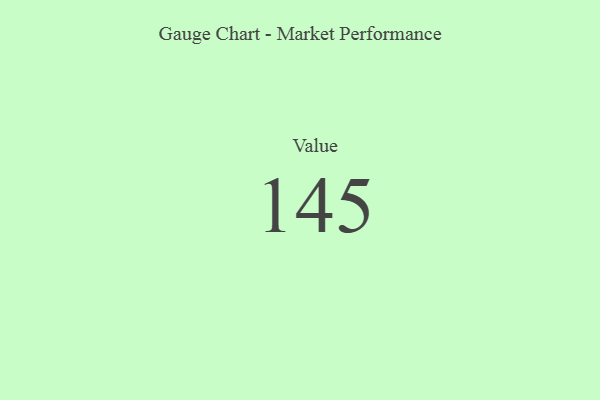
{"axis": {"x": "Metric", "y": "Value"}, "legend": [""], "data": [{"x": "Value", "y": 145, "type": ""}]}